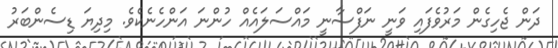
ދަން ޖެހިގެން މަރުވެފައި ވަނީ ނަފްސާނީ މައްސަލައެއް ހުންނަ އަންހެނެކެވެ. މިދިޔަ ޑިސެންބަރު